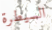
السيطرة